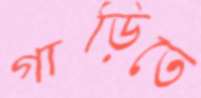
গাড়িতে